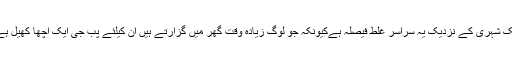
ایک شہری کے نزدیک یہ سراسر غلط فیصلہ ہےکیونکہ جو لوگ زیادہ وقت گھر میں گزارتے ہیں ان کیلئے پب جی ایک اچھا کھیل ہے۔